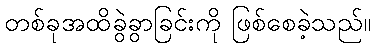
တစ်ခုအထိခွဲခွာခြင်းကို ဖြစ်စေခဲ့သည်။